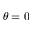
\theta = 0